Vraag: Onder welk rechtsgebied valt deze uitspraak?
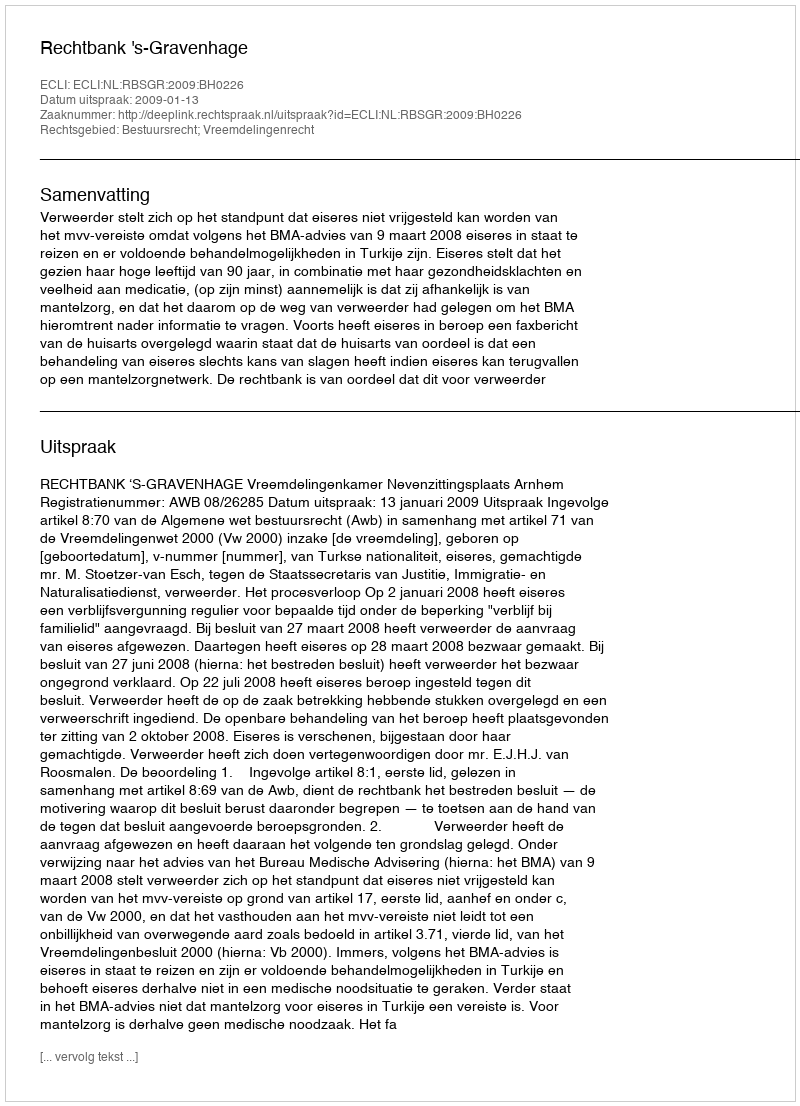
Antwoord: Bestuursrecht; Vreemdelingenrecht